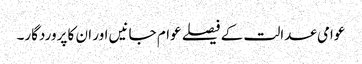
عوامی عدالت کے فیصلے عوام جانیں اور ان کا پروردگار۔